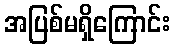
အပြစ်မရှိကြောင်း